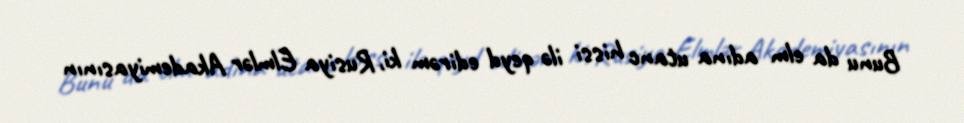
Bunu da elm adına utanc hissi ilə qeyd edirəm ki, Rusiya Elmlər Akademiyasının